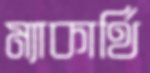
ম্যাকার্থি